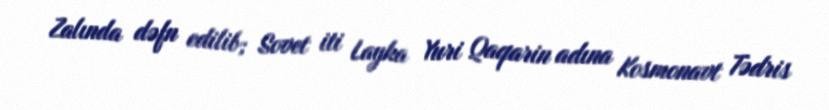
Zalında dəfn edilib; Sovet iti Layka Yuri Qaqarin adına Kosmonavt Tədris